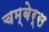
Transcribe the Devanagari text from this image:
चम्बेर्स